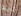
ليلو